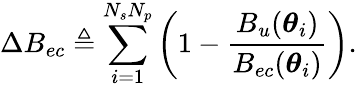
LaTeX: \Delta B_{ec}\triangleq\sum_{i=1}^{N_{s}N_{p}}\left(1-\frac{B_{u}(\boldsymbol\theta_{i})}{B_{ec}(\boldsymbol\theta_{i})}\right).